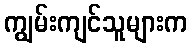
ကျွမ်းကျင်သူများက